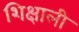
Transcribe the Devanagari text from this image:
शिक्षाली